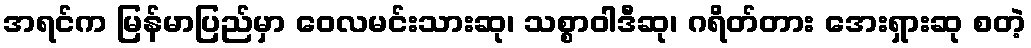
အရင်က မြန်မာပြည်မှာ ဝေလမင်းသားဆု၊ သစ္စာဝါဒီဆု၊ ဂရိတ်တား အေးရှားဆု စတဲ့